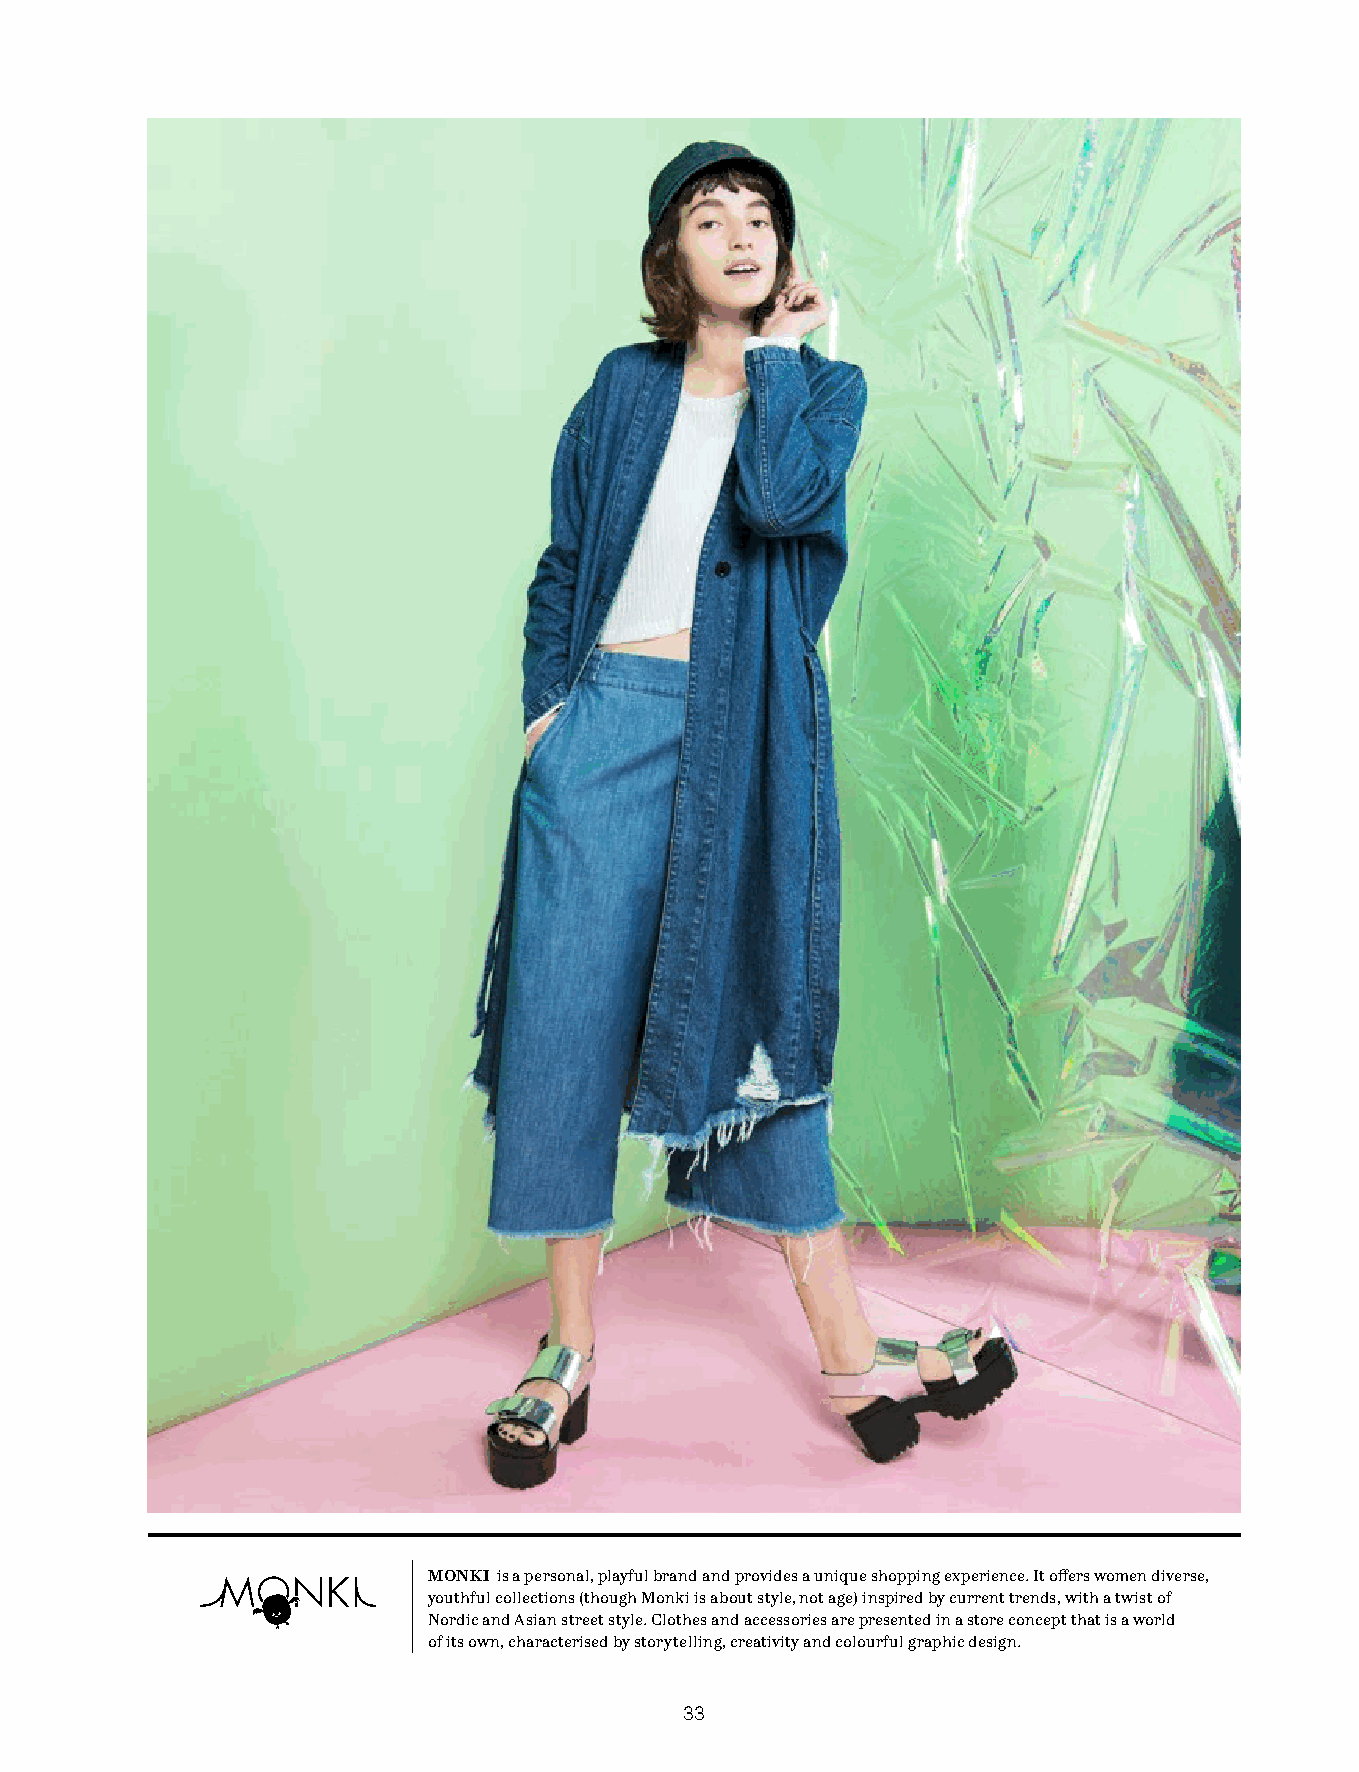
MONKI is a personal, playful brand and provides a unique shopping experience. It offers women diverse,
 youthful collections (though Monki is about style, not age) inspired by current trends, with a twist of
 Nordic and Asian street style. Clothes and accessories are presented in a store concept that is a world
 of its own, characterised by storytelling, creativity and colourful graphic design.
 33